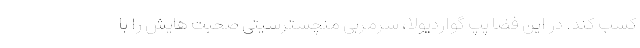
کسب کند. در این فضا پپ گواردیولا، سرمربی منچسترسیتی صحبت هایش را با